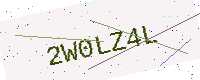
Text: 2W0LZ4L